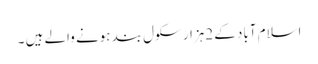
اسلام آباد کے 2ہزار سکول بند ہونے والے ہیں ۔